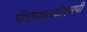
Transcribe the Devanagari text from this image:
पीएमआरटीएसपी